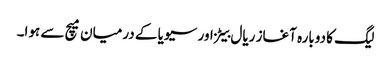
لیگ کا دوبارہ آغاز ریال بیٹز اور سیویا کے درمیان میچ سے ہوا۔